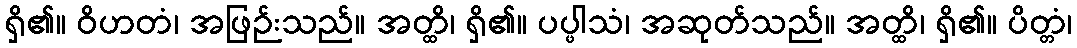
ရှိ၏။ ဝိဟတံ၊ အဖြဉ်းသည်။ အတ္ထိ၊ ရှိ၏။ ပပ္ဖါသံ၊ အဆုတ်သည်။ အတ္ထိ၊ ရှိ၏။ ပိတ္တံ၊